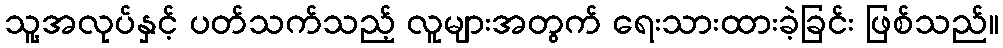
သူ့အလုပ်နှင့် ပတ်သက်သည့် လူများအတွက် ရေးသားထားခဲ့ခြင်း ဖြစ်သည်။